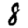
Digit: 8